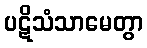
ပဋိသံသာမေတွာ